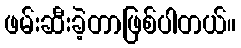
ဖမ်းဆီးခဲ့တာဖြစ်ပါတယ်။